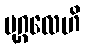
ပုဂ္ဂလေဟိ